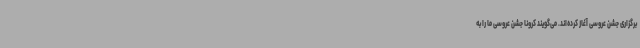
برگزاری جشن عروسی آغاز کرده‌اند. می‌گویند کرونا جشن عروسی ما را به